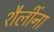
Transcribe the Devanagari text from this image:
शैलींना